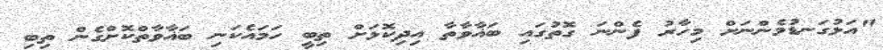
"އަޅުގަނޑުމެންނަށް މިހާރު ފެންނަ ގޮތުގައި ބަޣާވާތާ އިދިކޮޅަށް ތިބީ ހަމައެކަނި ބަޣާވާތްކޮށްގެން ތިބި